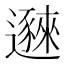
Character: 𬩥